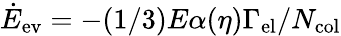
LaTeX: \dot{E}_{\mathrm{ev}}=-(1/3)E\alpha(\eta)\Gamma_{\mathrm{el}}/N_{\mathrm{col}}